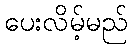
ပေးလိမ့်မည်